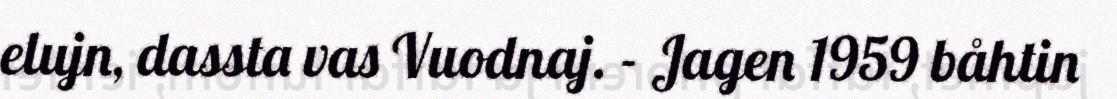
elujn, dassta vas Vuodnaj. - Jagen 1959 båhtin